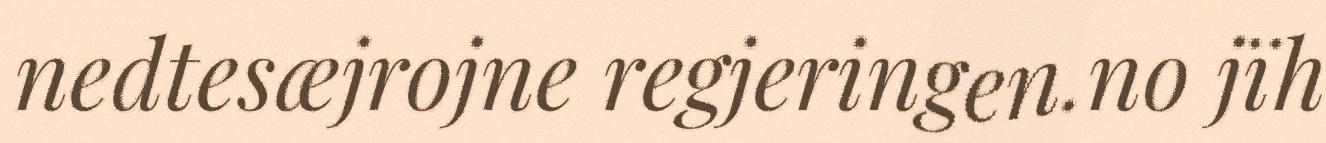
nedtesæjrojne regjeringen.no jïh